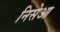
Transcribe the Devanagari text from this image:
निसेआ